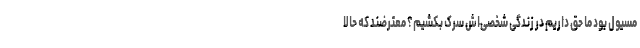
مسئول بود ما حق داریم در زندگی شخصی‌اش سرک بکشیم؟ معترضند که حالا